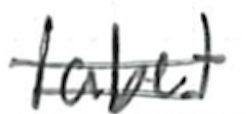
Text: label
Cross-out: double-line
Writing tool: ballpoint